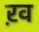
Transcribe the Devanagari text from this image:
ऱव